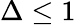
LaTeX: \Delta\le 1